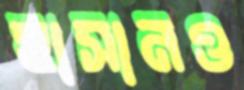
হাসানও